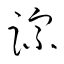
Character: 踪